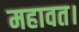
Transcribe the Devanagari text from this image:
महावत।